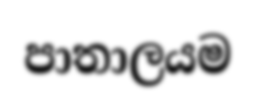
පාතාලයම